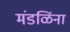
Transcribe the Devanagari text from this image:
मंडळिंना